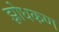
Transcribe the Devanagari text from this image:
झोधकण